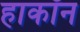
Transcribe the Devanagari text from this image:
हाकॉन